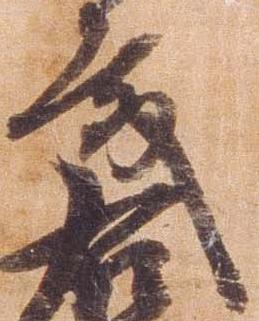
殿